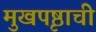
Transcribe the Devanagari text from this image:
मुखपृष्ठाची